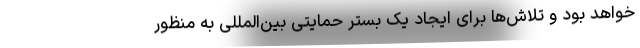
خواهد بود و تلاش‌ها برای ایجاد یک بستر حمایتی بین‌المللی به منظور